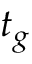
t _ { g }